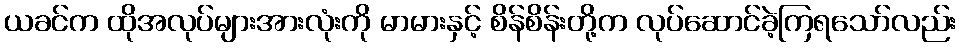
ယခင်က ထိုအလုပ်များအားလုံးကို မာမားနှင့် စိန်စိန်းတို့က လုပ်ဆောင်ခဲ့ကြရသော်လည်း